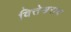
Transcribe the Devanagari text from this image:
वित्तेश्वराय